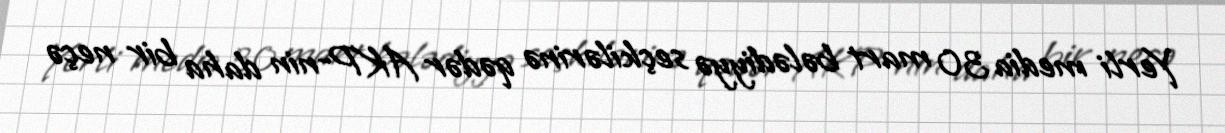
Yerli media 30 mart bələdiyyə seçkilərinə qədər AKP-nin daha bir neçə